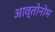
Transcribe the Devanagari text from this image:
आव्तोनोम